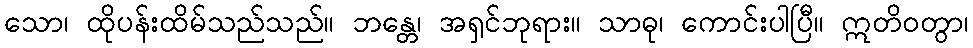
သော၊ ထိုပန်းထိမ်သည်သည်။ ဘန္တေ၊ အရှင်ဘုရား။ သာဓု၊ ကောင်းပါပြီ။ ဣတိဝတွာ၊